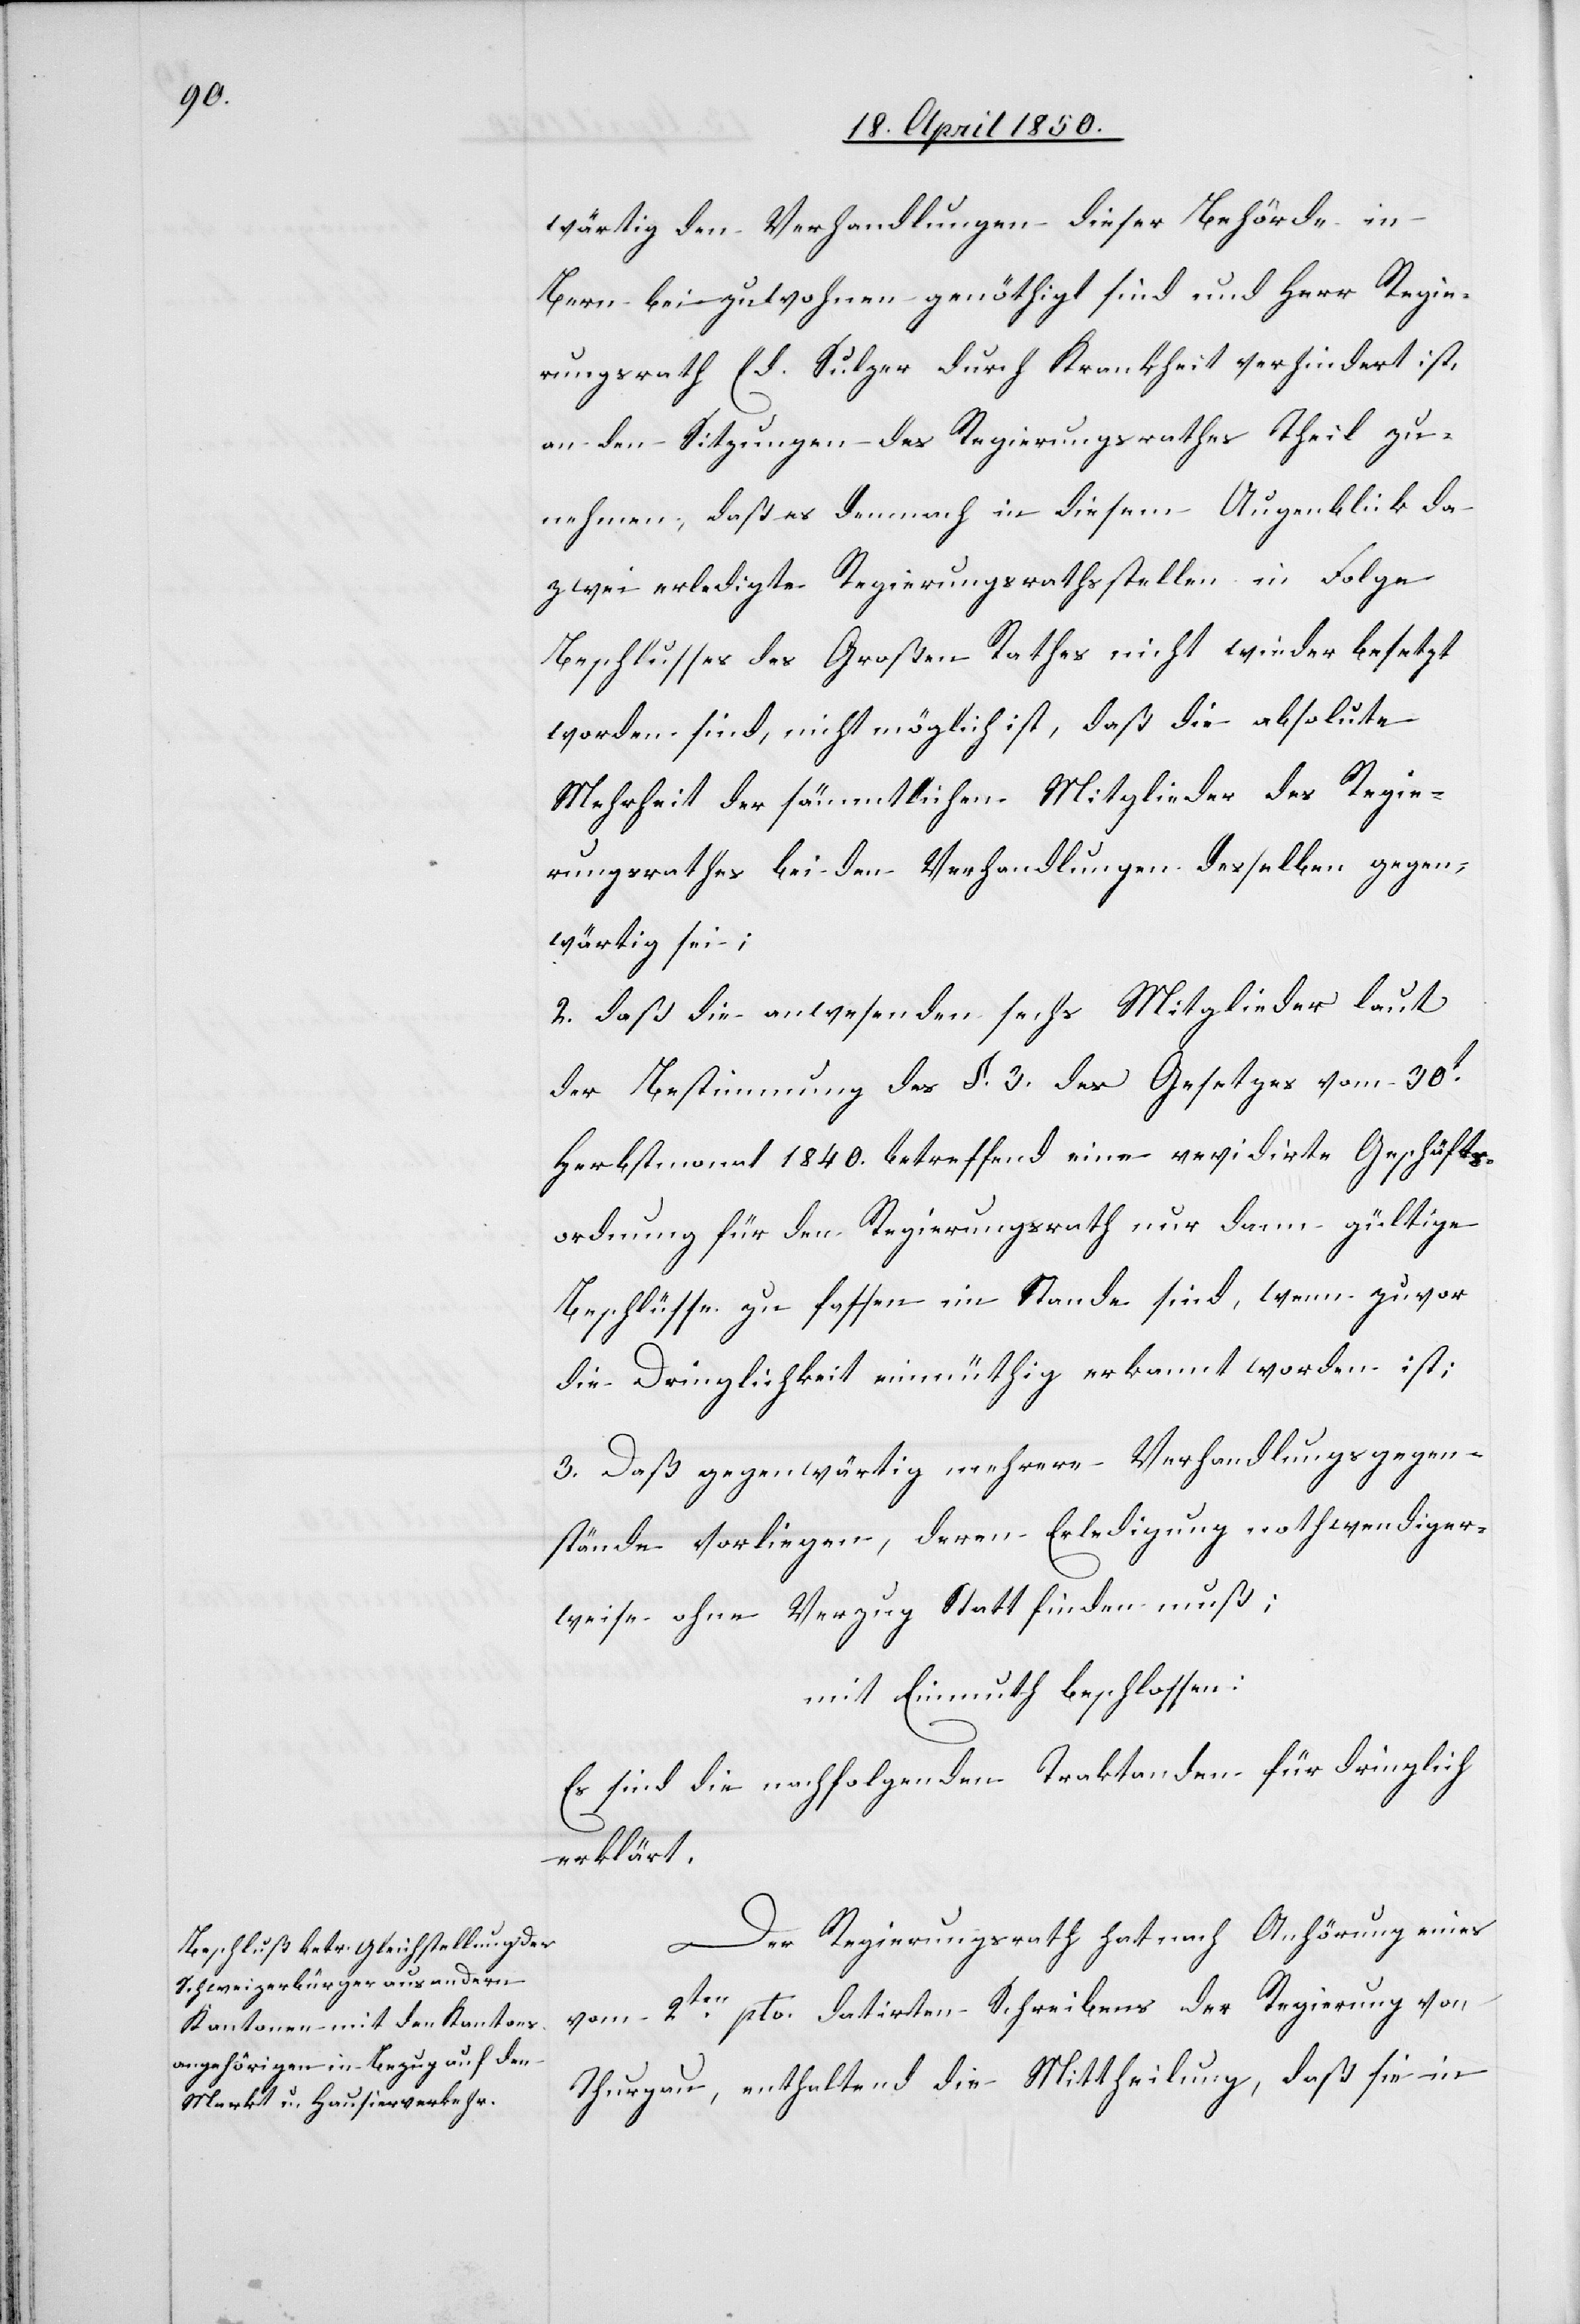
wärtig den Verhandlungen dieser Behörde in
Bern beizuwohnen genöthigt sind und Herr Regie¬
rungsrath Ed. Sulzer durch Krankheit verhindert ist,
an den Sitzungen des Regierungsrathes Theil zu¬
nehmen, daß es demnach in diesem Augenblick da
zwei erledigte Regierungsrathsstellen in Folge
Beschlusses des Großen Rathes nicht wieder besetzt
worden sind, nicht möglich ist, daß die absolute
Mehrheit der sämmtlichen Mitglieder des Regie¬
rungsrathes bei den Verhandlungen desselben gegen¬
wärtig sei;
2. daß die anwesenden sechs Mitglieder laut
der Bestimmung des §. 3. des Gesetzes vom 30t
Herbstmonat 1840. betreffend eine revidirte Geschäfts¬
ordnung für den Regierungsrath nur dann gültige
Beschlüsse zu fassen im Stande sind, wenn zuvor
die Dringlichkeit einmüthig erkannt worden ist;
3. Daß gegenwärtig mehrere Verhandlungsgegen¬
stände vorliegen, deren Erledigung nothwendiger¬
weise ohne Verzug Statt finden muß;
mit Einmuth beschlossen:
Es sind die nachfolgenden Traktanden für dringlich
erklärt.
Der Regierungsrath hat nach Anhörung eines
2ten pto. datirten Schreibens der Regierung von
Thurgau, enthaltend die Mittheilung, daß sie in